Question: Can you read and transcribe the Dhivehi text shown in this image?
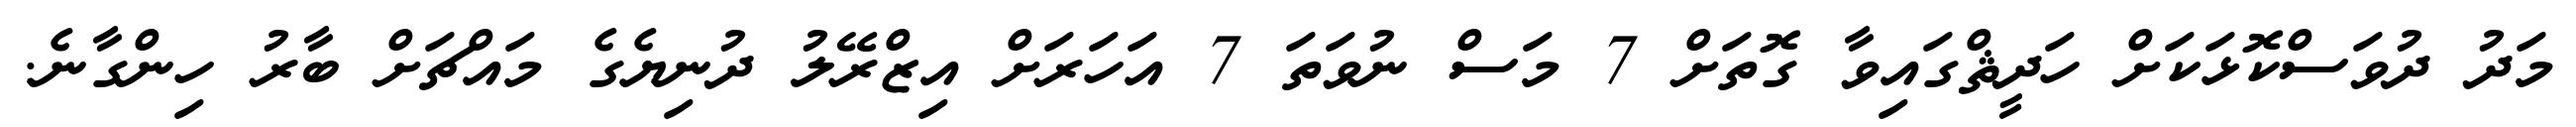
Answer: މަދު ދުވަސްކޮޅަކަށް ހަދީޘްގައިވާ ގޮތަށް 7 މަސް ނުވަތަ 7 އަހަރަށް އިޒްރޭލު ދުނިޔެގެ މައްޗަށް ބާރު ހިންގާނެ.